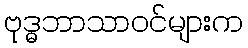
ဗုဒ္ဓဘာသာဝင်များက